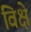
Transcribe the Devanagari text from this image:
विक्षे